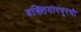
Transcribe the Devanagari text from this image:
बख्तियारपूरची